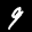
Label: 9